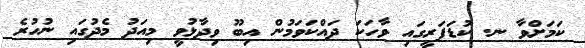
ކަމަށްވާ ނ. ކުޑަފަރީގައި ވާހަކަ ދައްކަވަމުން އިބޫ ވިދާޅުވީ މިއަދު މެދުގައި ނުހުރެ